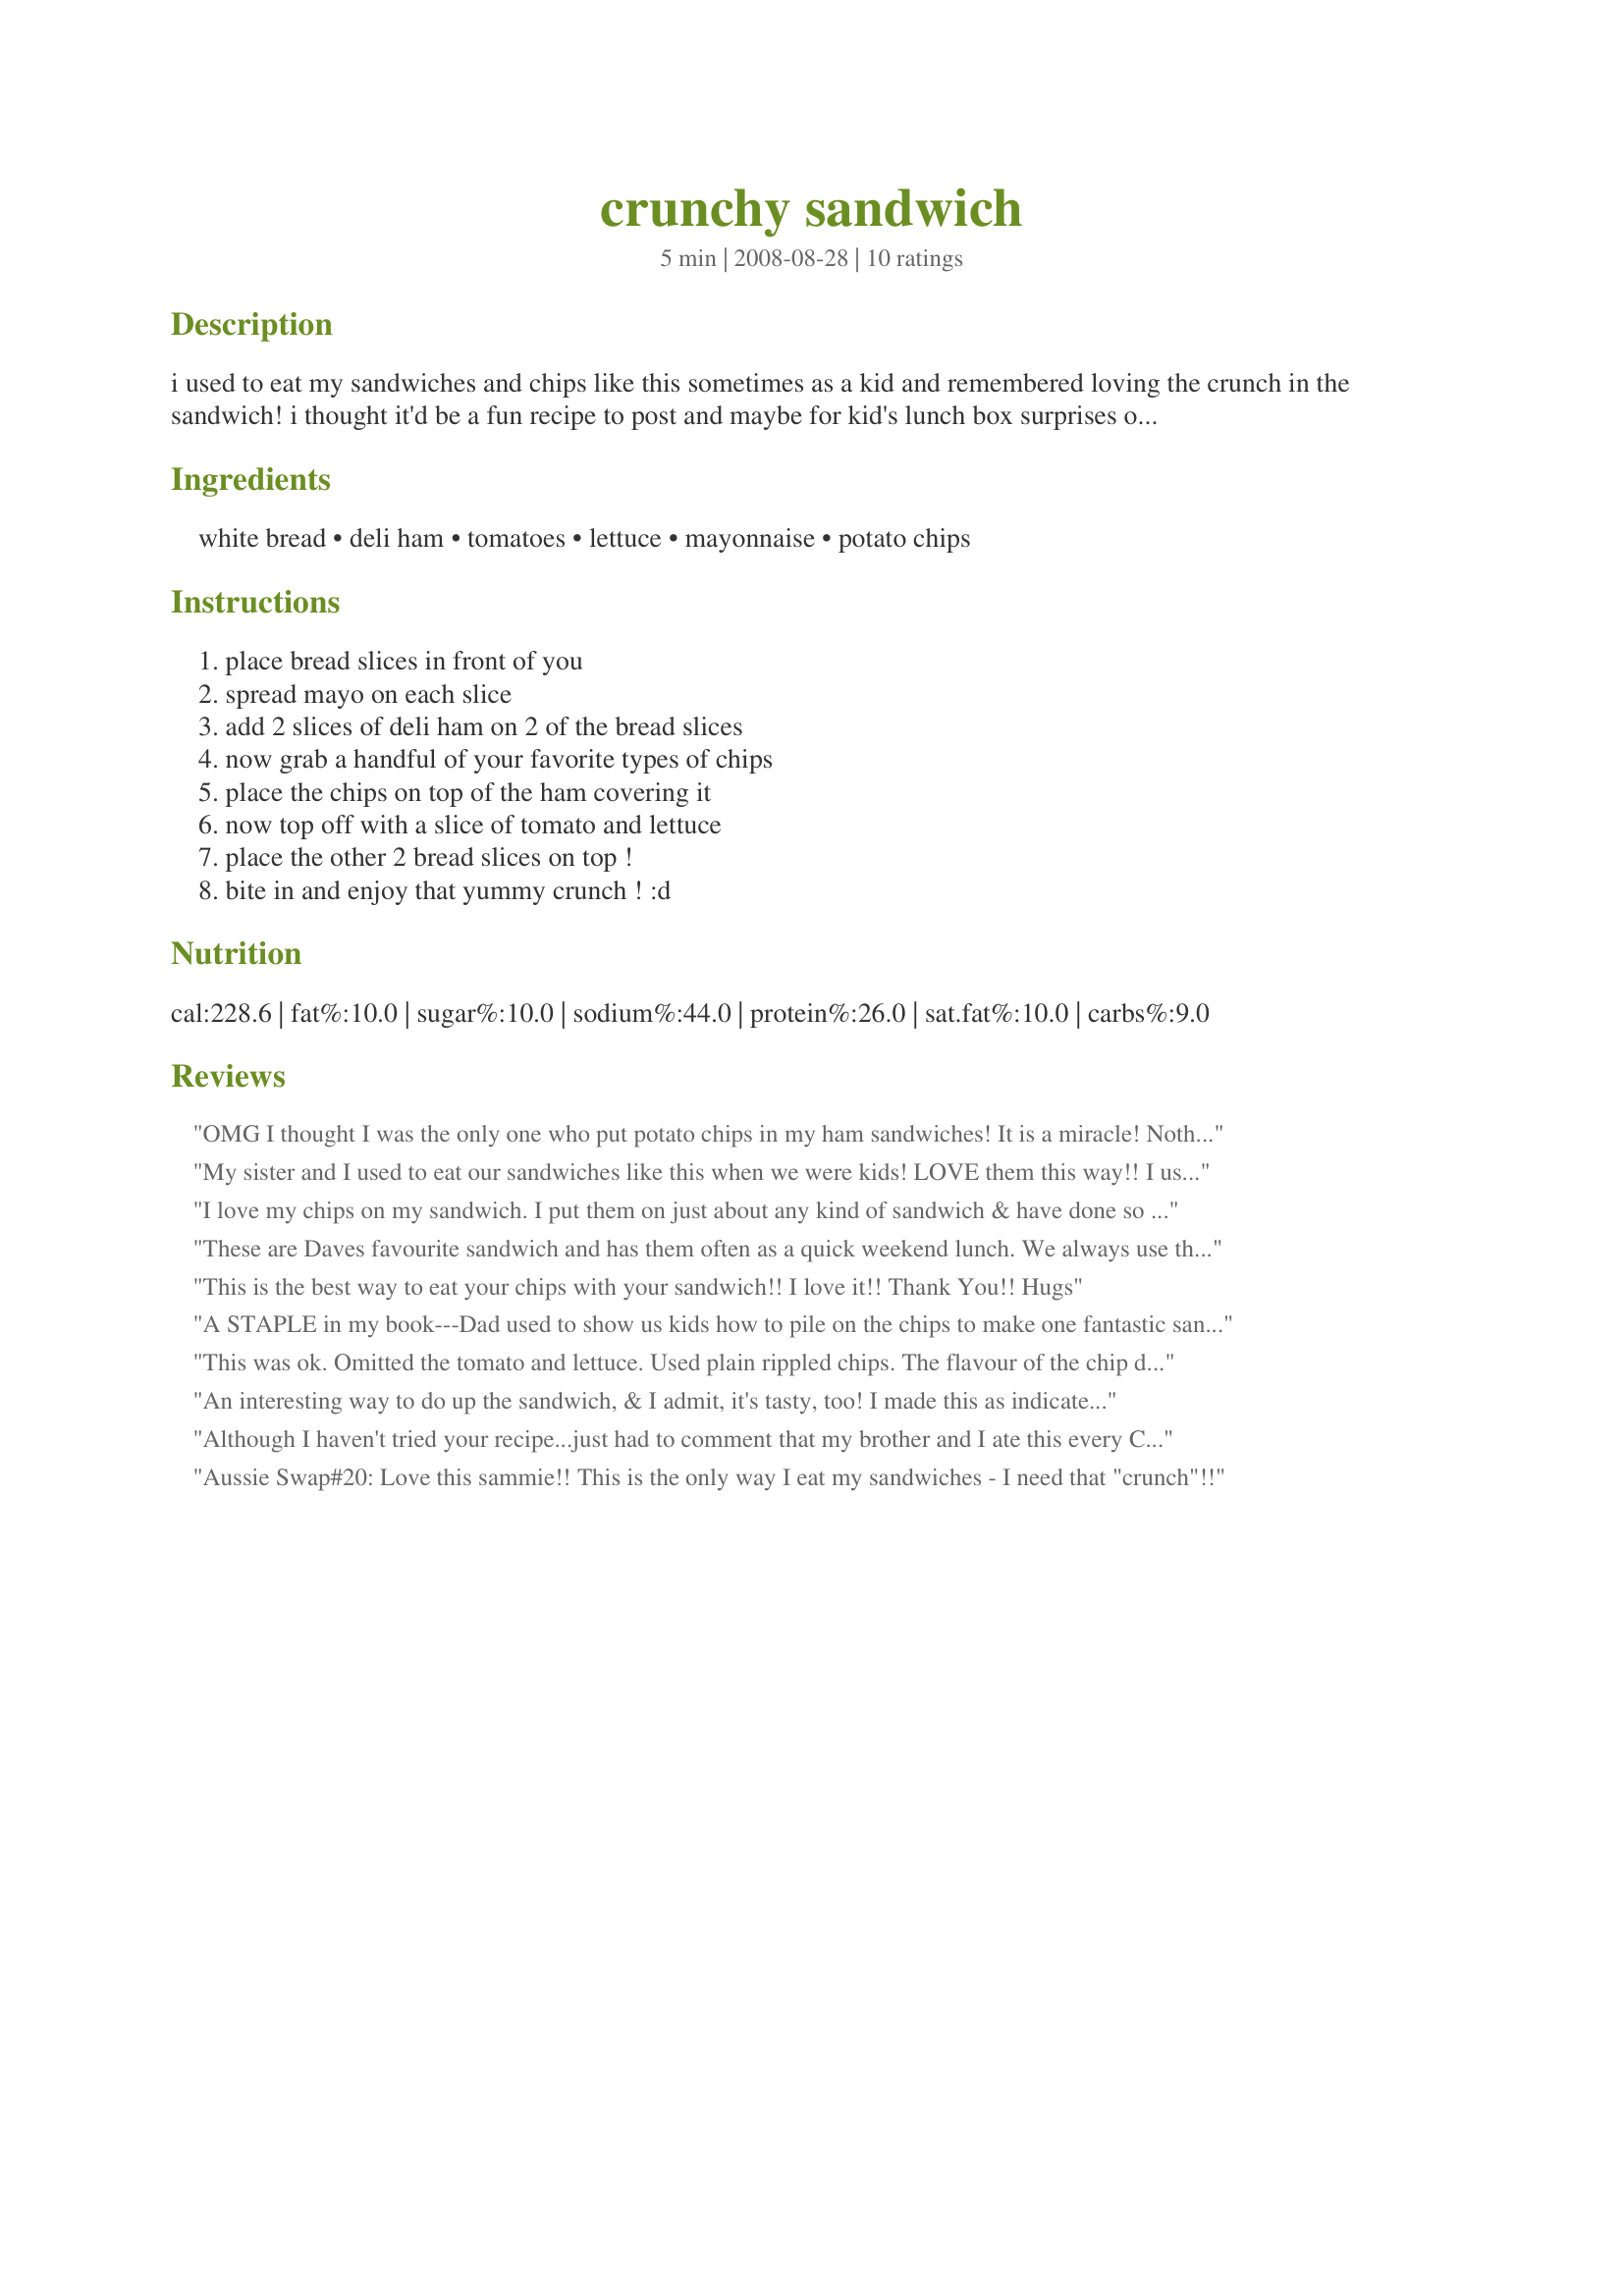
crunchy sandwich
Preparation time: 5 minutes

i used to eat my sandwiches and chips like this sometimes as a kid and remembered loving the crunch in the sandwich! i thought it'd be a fun recipe to post and maybe for kid's lunch box surprises or something :)

Ingredients:
white bread, deli ham, tomatoes, lettuce, mayonnaise, potato chips

Steps:
place bread slices in front of you, spread mayo on each slice, add 2 slices of deli ham on 2 of the bread slices, now grab a handful of your favorite types of chips, place the chips on top of the ham covering it, now top off with a slice of tomato and lettuce, place the other 2 bread slices on top !, bite in and enjoy that yummy crunch ! :d

Reviews:
OMG I thought I was the only one who put potato chips in my ham sandwiches! It is a miracle! Nothing better! :) Absolutely tastelicious!
Jelly
My sister and I used to eat our sandwiches like this when we were kids! LOVE them this way!! I used rye, corned beef, swiss; and chive and onion cream cheese on the top, mayo on the bottom. It was pure heaven!! Thanks Melis!! :)
I love my chips on my sandwich. I put them on just about any kind of sandwich & have done so since I was a kid. It kind of helps with portion control since I don't eat any extras after I have put the "chip layer" on my sandwich. It is fun to mix up different flavors of chips & sandwichs too. Dorito's are good too!
These are Daves favourite sandwich and has them often as a quick weekend lunch. We always use the Japanese mayo. Also good with onion dip used instead of the mayo.
This is the best way to eat your chips with your sandwich!! I love it!! Thank You!! Hugs
A STAPLE in my book---Dad used to show us kids how to pile on the chips to make one fantastic sandwich and I still do it til this day! DH always laughs when he see's me strategically placing as many chips as I can on my sandwich, but boy-oh-boy, that crunch along with the soft, savory fillings is just oh-so-good. And you're right- ANY chips work!
This was ok. Omitted the tomato and lettuce. Used plain rippled chips. The flavour of the chip didn't come through but the crunch sure did!
An interesting way to do up the sandwich, & I admit, it's tasty, too! I made this as indicated but instead of the mayo I topped it off with some homemade onion jam I'd made! [Tagged, made & reviewed as a PRESSIE in the Aus/NZ 12 Days of Christmas Recipe Swap]
Although I haven't tried your recipe...just had to comment that my brother and I ate this every Christmas and Thanksgiving with turkey, swiss cheese, mayo, sweet pickle chips and lays original chips...love, love it!!! Hadn't thought to try it with something else...but will now! Thanks for bring back a great childhood sandwich...oh! both my kids it the same sandwiches and love them!!!
Aussie Swap#20: Love this sammie!! This is the only way I eat my sandwiches - I need that "crunch"!!
